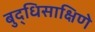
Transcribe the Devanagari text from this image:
बुद्धिसाक्षिणे